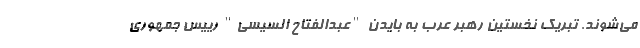
می‌شوند. تبریک نخستین رهبر عرب به بایدن "عبدالفتاح السیسی" رییس جمهوری